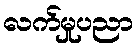
လက်မှုပညာ